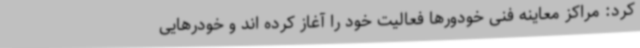
کرد: مراکز معاینه فنی خودورها فعالیت خود را آغاز کرده اند و خودرهایی